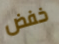
خفض